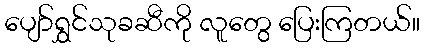
ပျော်ရွှင်သုခဆီကို လူတွေ ပြေးကြတယ်။